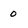
Character: 0